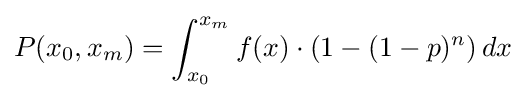
P(x_{0},x_{m})=\int _{x_{0}}^{x_{m}}f(x)\cdot (1-(1-p)^{n})\,dx